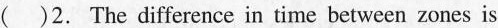
( )2. The difference in time between zones is